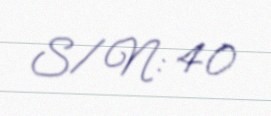
S/N: 40